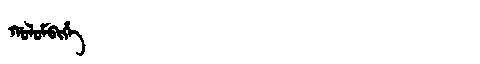
Manchu: ᡤᠣᠯᠣᠮᠪᡳᡥᡝ
Romanization: GOLOMBIHE